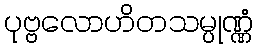
ပုဗ္ဗလောဟိတသမ္ပုဏ္ဏံ